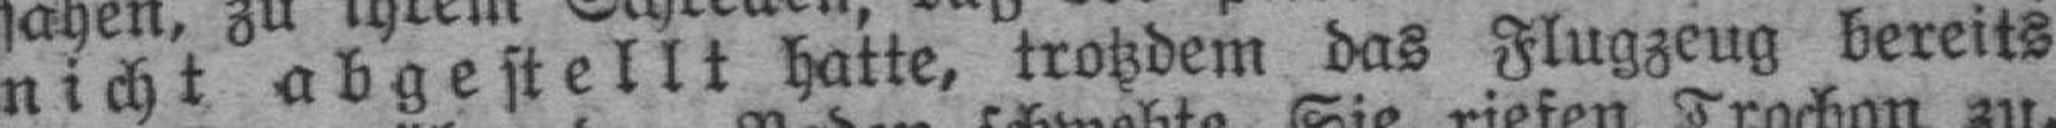
nicht abgestellt hatte, trotzdem das Flugzeug bereits